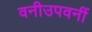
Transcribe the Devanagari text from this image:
वनीउपवनीं